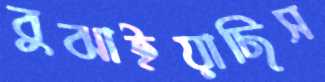
বুঝাইয়াছিস